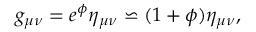
g _ { \mu \nu } = e ^ { \phi } \eta _ { \mu \nu } \backsimeq ( 1 + \phi ) \eta _ { \mu \nu } ,